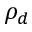
\rho _ { d }